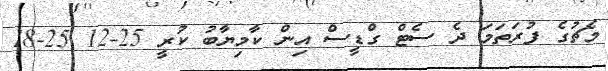
މެޗުގެ ފުރަތަމަ ދެ ސެޓް ގްޑީސް އިން ކާމިޔާބު ކުރީ 25-12 25-18